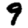
Digit: 9